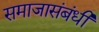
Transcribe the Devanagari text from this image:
समाजासंबंधी